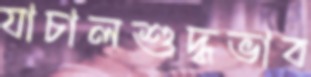
যাচালশুদ্ধভাব